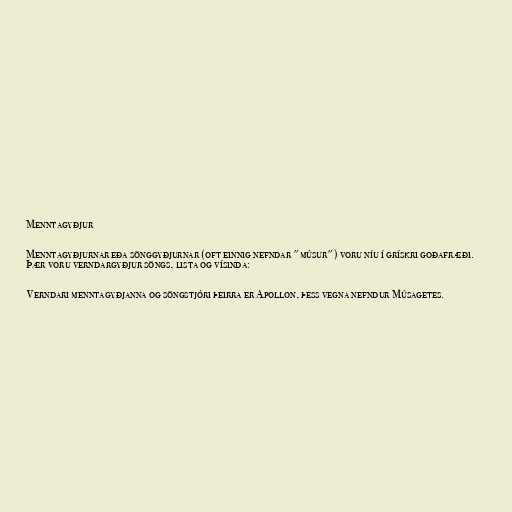
Menntagyðjur

Menntagyðjurnar eða sönggyðjurnar (oft einnig nefndar "músur") voru níu í grískri goðafræði.
Þær voru verndargyðjur söngs, lista og vísinda:

Verndari menntagyðjanna og söngstjóri þeirra er Apollon, þess vegna nefndur Músagetes.